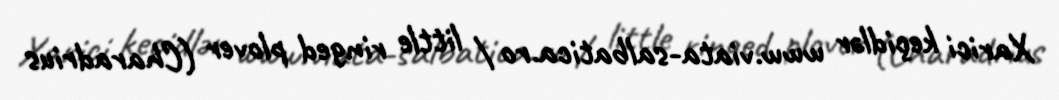
Xarici keçidlər www.viata-salbatica.ro / little ringed plover (Charadrius